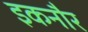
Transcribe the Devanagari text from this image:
इकनौर